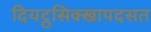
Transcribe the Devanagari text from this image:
दियट्ठसिक्खापदसत